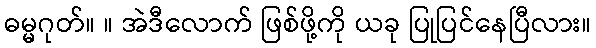
ဓမ္မဂုတ်။ ။ အဲဒီလောက် ဖြစ်ဖို့ကို ယခု ပြုပြင်နေပြီလား။